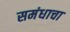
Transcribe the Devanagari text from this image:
समंधाचा